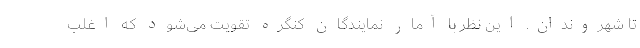
تا شهروندان. این نظر با آمار نمایندگان کنگره تقویت می‌شود که اغلب